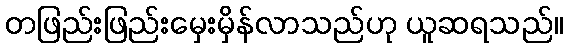
တဖြည်းဖြည်းမှေးမှိန်လာသည်ဟု ယူဆရသည်။